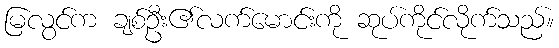
မြလွင်က ချစ်ဦး၏လက်မောင်းကို ဆုပ်ကိုင်လိုက်သည်။